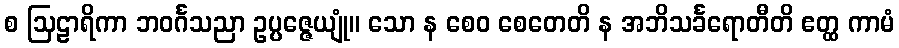
စ ဩဠာရိကာ ဘဝင်္ဂသညာ ဥပ္ပဇ္ဇေယျုံ။ သော န စေဝ စေတေတိ န အဘိသင်္ခရောတီတိ ဧတ္ထ ကာမံ